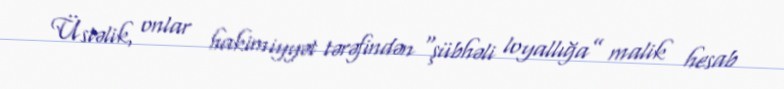
Üstəlik, onlar hakimiyyət tərəfindən “şübhəli loyallığa” malik hesab